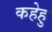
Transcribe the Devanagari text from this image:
कहेहु